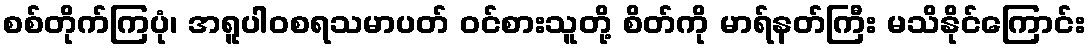
စစ်တိုက်ကြပုံ၊ အရူပါဝစရသမာပတ် ဝင်စားသူတို့ စိတ်ကို မာရ်နတ်ကြီး မသိနိုင်ကြောင်း